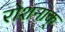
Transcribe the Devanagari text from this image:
रोशनाक्‌